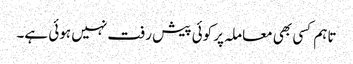
تاہم کسی بھی معاملہ پر کوئی پیش رفت نہیں ہوئی ہے۔